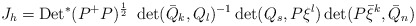
\begin{align*}J_h = {\rm Det}^*(P^+P)^{\frac{1}{2}}~\det(\bar Q_k, Q_l)^{-1}\det(Q_s, P\xi^{l})\det(P\bar \xi^{k},\bar Q_n)\end{align*}